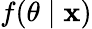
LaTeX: f(\theta\mid\mathbf{x})